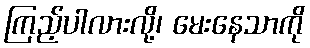
ကြည့်ပါလားလို့၊ မေးနေသာကို